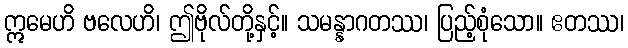
ဣမေဟိ ဗလေဟိ၊ ဤဗိုလ်တို့နှင့်။ သမန္နာဂတဿ၊ ပြည့်စုံသော။ ဧတဿ၊